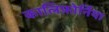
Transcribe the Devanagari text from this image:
कालिफ़ोर्निया